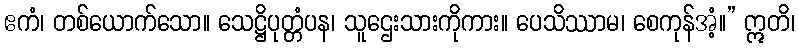
ဧကံ၊ တစ်ယောက်သော။ သေဋ္ဌိပုတ္တံပန၊ သူဌေးသားကိုကား။ ပေသိဿာမ၊ စေကုန်အံ့။” ဣတိ၊